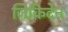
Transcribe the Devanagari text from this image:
जिकिदेन